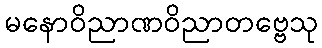
မနောဝိညာဏဝိညာတဗ္ဗေသု